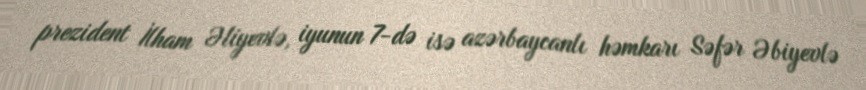
prezident İlham Əliyevlə, iyunun 7-də isə azərbaycanlı həmkarı Səfər Əbiyevlə